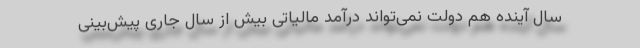
سال آینده هم دولت نمی‌تواند درآمد مالیاتی بیش از سال جاری پیش‌بینی